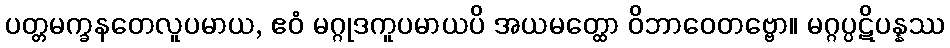
ပတ္တမက္ခနတေလူပမာယ, ဧဝံ မဂ္ဂုဒကူပမာယပိ အယမတ္ထော ဝိဘာဝေတဗ္ဗော။ မဂ္ဂပ္ပဋိပန္နဿ